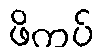
ဖိကပ်